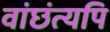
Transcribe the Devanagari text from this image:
वांछंत्यपि